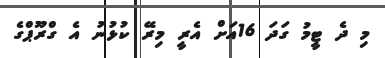
މި ދެ ޓީމު ގަދަ 16އަށް އެރީ މިރޭ ކުޅުނު އެ ގްރޫޕްގެ